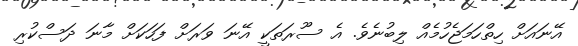
އޭނައަށް ހިތްހަމަޖެހުމެއް ލިބުނެވެ. އެ ސޫރަތަކީ އޭނަ ވަރަށް ފަހަކަށް މާނަ ދަސްކުރި